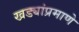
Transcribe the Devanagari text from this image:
खड्यांप्रमाणे